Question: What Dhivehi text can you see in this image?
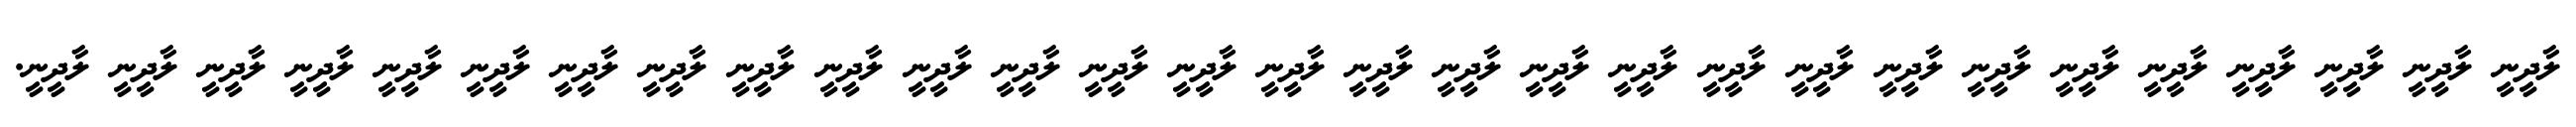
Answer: ލާދީނީ ލާދީނީ ލާދީނީ ލާދީނީ ލާދީނީ ލާދީނީ ލާދީނީ ލާދީނީ ލާދީނީ ލާދީނީ ލާދީނީ ލާދީނީ ލާދީނީ ލާދީނީ ލާދީނީ ލާދީނީ ލާދީނީ ލާދީނީ ލާދީނީ ލާދީނީ ލާދީނީ ލާދީނީ ލާދީނީ ލާދީނީ ލާދީނީ ލާދީނީ ލާދީނީ ލާދީނީ ލާދީނީ.